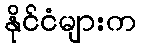
နိုင်ငံများက